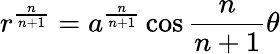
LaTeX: r^{\frac{n}{n+1}}=a^{\frac{n}{n+1}}\cos{\frac{n}{n+1}}\theta